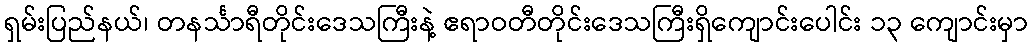
ရှမ်းပြည်နယ်၊ တနင်္သာရီတိုင်းဒေသကြီးနဲ့ ဧရာဝတီတိုင်းဒေသကြီးရှိကျောင်းပေါင်း ၁၃ ကျောင်းမှာ